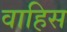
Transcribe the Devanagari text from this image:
वाहिस